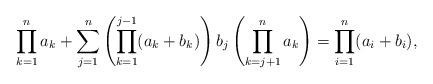
LaTeX: \begin{align*} \prod_{k=1}^n a_k + \sum_{j=1}^n\left(\prod_{k=1}^{j-1} (a_k + b_k)\right) b_j \left(\prod_{k=j+1}^n a_k\right) = \prod_{i=1}^n (a_i + b_i),\end{align*}